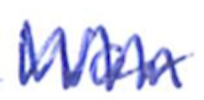
Text: War
Cross-out: zig-zag
Writing tool: ballpoint